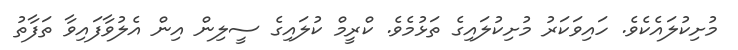
މުށިކުލައެކެވެ. ހައިވަކަރު މުށިކުލައިގެ ތަޅުމެވެ. ކްރީމް ކުލައިގެ ސީލިން އިން އެލުވާފައިވާ ތަފާތު